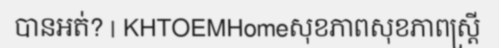
បានអត់? | KHTOEMHomeសុខភាពសុខភាពស្ត្រី